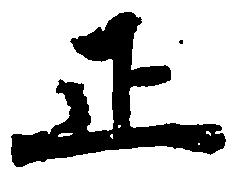
正